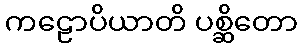
ကဠောပိယာတိ ပစ္ဆိတော